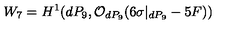
W _ { 7 } = H ^ { 1 } ( d P _ { 9 } , { \cal O } _ { d P _ { 9 } } ( 6 \sigma | _ { d P _ { 9 } } - 5 F ) )